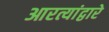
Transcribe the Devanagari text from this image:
आरत्यांद्वारे